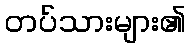
တပ်သားများ၏